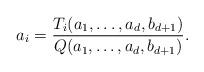
LaTeX: \begin{align*} a_i = \frac{ T_i(a_1, \ldots, a_d, b_{d + 1}) }{ Q(a_1, \ldots, a_d, b_{d + 1}) }. \end{align*}